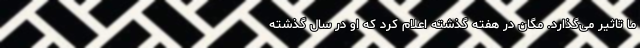
ما تاثیر می‌گذارد. مگان در هفته گذشته اعلام کرد که او در سال گذشته